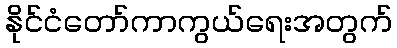
နိုင်ငံတော်ကာကွယ်ရေးအတွက်